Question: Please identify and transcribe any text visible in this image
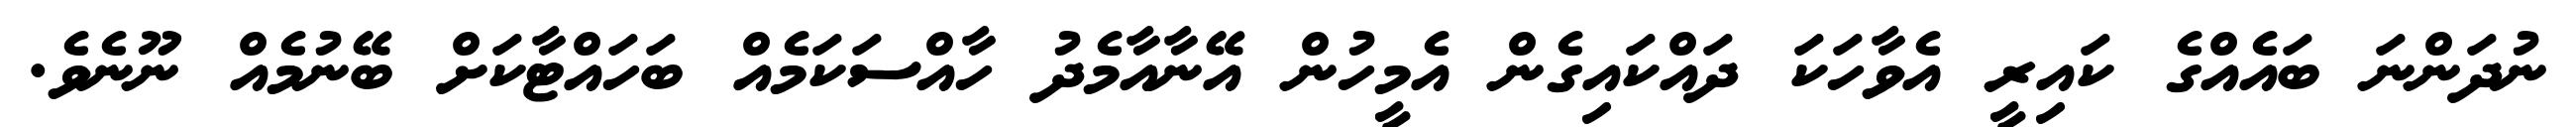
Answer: ނުދަންނަ ބައެއްގެ ކައިރީ އެވާހަކަ ދައްކައިގެން އެމީހުން އޭނާއާމެދު ހާއްސަކަމެއް ބަހައްޓާކަށް ބޭނުމެއް ނޫނެވެ.